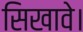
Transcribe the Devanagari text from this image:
सिखावे।